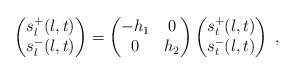
LaTeX: \begin{align*} \begin{pmatrix} s_l^+(l,t) \\ s_l^-(l,t) \end{pmatrix} = \begin{pmatrix} -h_{1} & 0 \\ 0 & h_{2} \end{pmatrix} \begin{pmatrix} s_t^+(l,t) \\ s_t^-(l,t) \end{pmatrix} \;,\end{align*}